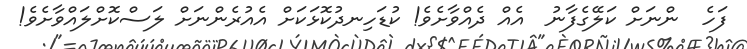
ފަހެ  ންނަށް ކަލޭގެފާނު  އެއް ދެއްވާށެވެ! ކުޑަހިނދުކޮޅަކަށް އެއުރެންނަށް ލަސްކޮށްލައްވާށެވެ!